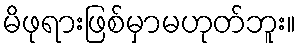
မိဖုရားဖြစ်မှာမဟုတ်ဘူး။